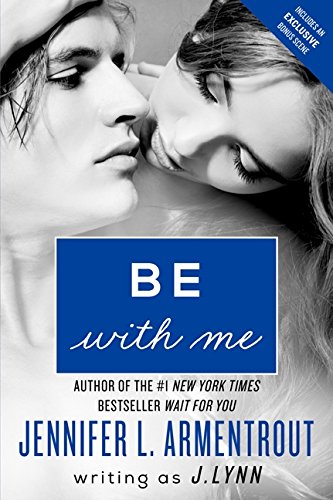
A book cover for Be with Me: A Novel (Wait for You Saga); J. Lynn; Romance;